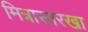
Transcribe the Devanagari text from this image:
मित्रासारखा